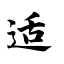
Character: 适